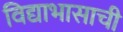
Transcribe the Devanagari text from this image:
विद्याभासाची